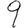
Digit: 9